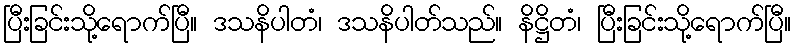
ပြီးခြင်းသို့ရောက်ပြီ။ ဒသနိပါတံ၊ ဒသနိပါတ်သည်။ နိဋ္ဌိတံ၊ ပြီးခြင်းသို့ရောက်ပြီ။